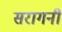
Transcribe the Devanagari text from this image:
सरागनी